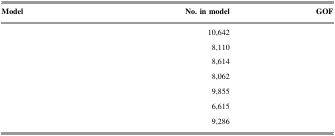
<table><thead><tr><td><b>Model</b></td><td><b>No. in model</b></td><td><b>GOF</b></td></tr></thead><tbody><tr><td>[EMPTY_CELL]</td><td>10,642</td><td>[EMPTY_CELL]</td></tr><tr><td>[EMPTY_CELL]</td><td>8,110</td><td>[EMPTY_CELL]</td></tr><tr><td>[EMPTY_CELL]</td><td>8,614</td><td>[EMPTY_CELL]</td></tr><tr><td>[EMPTY_CELL]</td><td>8,062</td><td>[EMPTY_CELL]</td></tr><tr><td>[EMPTY_CELL]</td><td>9,855</td><td>[EMPTY_CELL]</td></tr><tr><td>[EMPTY_CELL]</td><td>6,615</td><td>[EMPTY_CELL]</td></tr><tr><td>[EMPTY_CELL]</td><td>9,286</td><td>[EMPTY_CELL]</td></tr></tbody></table>